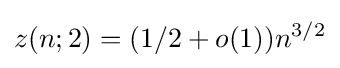
z(n;2)=(1/2+o(1))n^{3/2}